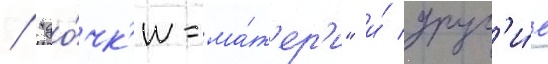
/ "до́чк'и-ма́т'ер'и" и́ друг'и́е